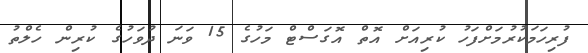
ފުރިހަމަކުރުމަށްފަހު ކުރިއަށް އޮތް އޮގަސްޓް މަހުގެ 15 ވަނަ ދުވަހުގެ ކުރިންް ހެލްތު